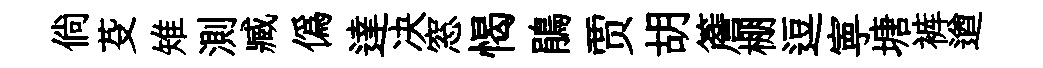
倘芟雉測臧偽達决窓愒鵑贾胡簷棚逗寕塘裤遒